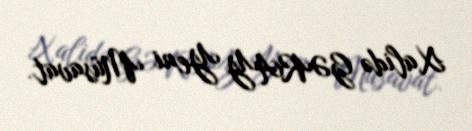
Xalidə GƏRAY Yeni Müsavat.